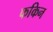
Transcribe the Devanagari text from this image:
फकिन